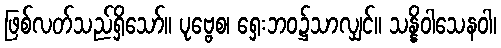
ဖြစ်လတ်သည်ရှိသော်။ ပုဗ္ဗေစ၊ ရှေးဘဝ၌သာလျှင်။ သန္နိဝါသေနဝါ၊